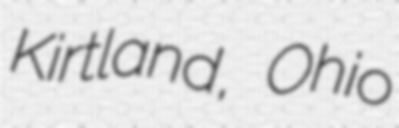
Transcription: Kirtland, Ohio